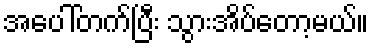
အပေါ်တက်ပြီး သွားအိပ်တော့မယ်။